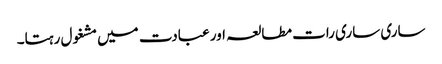
ساری ساری رات مطالعہ اور عبادت میں مشغول رہتا۔